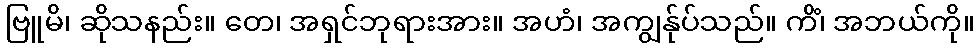
ဗြူမိ၊ ဆိုသနည်း။ တေ၊ အရှင်ဘုရားအား။ အဟံ၊ အကျွန်ုပ်သည်။ ကိံ၊ အဘယ်ကို။